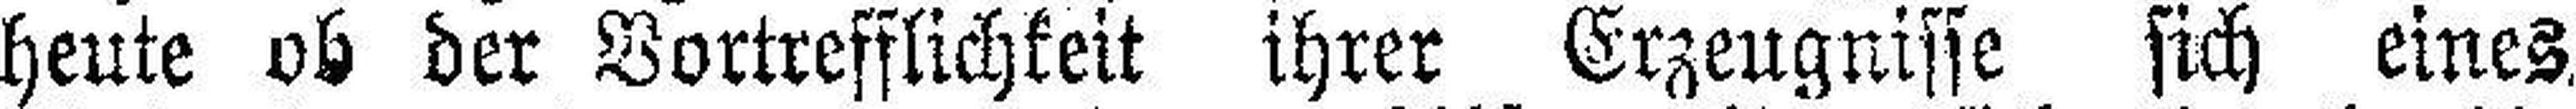
heute ob der Vortrefflichkeit ihrer Erzeugnisse sich eines